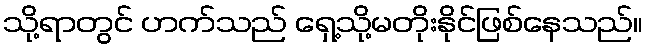
သို့ရာတွင် ဟက်သည် ရှေ့သို့မတိုးနိုင်ဖြစ်နေသည်။